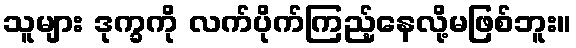
သူများ ဒုက္ခကို လက်ပိုက်ကြည့်နေလို့မဖြစ်ဘူး။